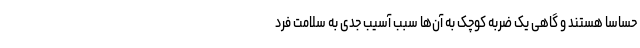
حساسا هستند و گاهی یک ضربه کوچک به آن‌ها سبب آسیب جدی به سلامت فرد